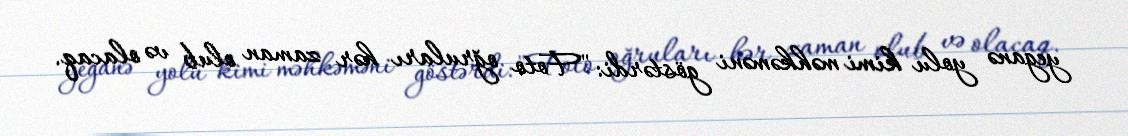
yeganə yolu kimi məhkəməni göstərdi: "Foto oğruları hər zaman olub və olacaq.